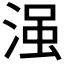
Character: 𣹑